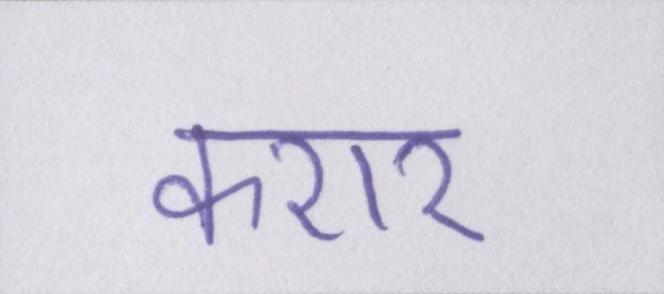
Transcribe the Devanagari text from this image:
करार